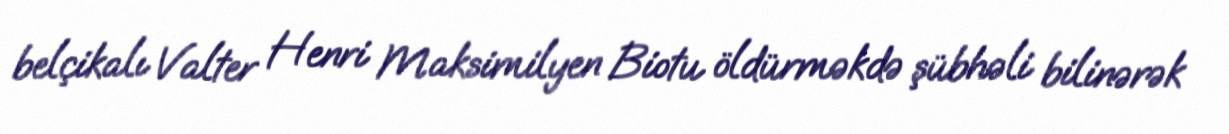
belçikalı Valter Henri Maksimilyen Biotu öldürməkdə şübhəli bilinərək